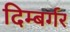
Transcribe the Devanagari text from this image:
दिम्बर्गर